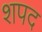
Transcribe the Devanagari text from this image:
शपद